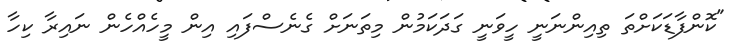
"ކޮންފާޑަކަށްތަ ތިއިންނަނީ ހީވަނީ ގަދަކަމުން މިތަނަށް ގެނެސްފައި އިން މީހެއްހެން ނައިރާ ކިހާ